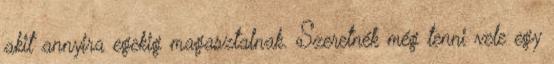
akit annyira egekig magasztalnak. Szeretnék még tenni vele egy